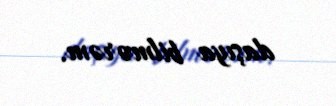
daşıya bilmərəm.